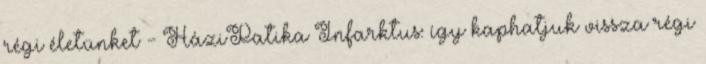
régi életünket - HáziPatika Infarktus: így kaphatjuk vissza régi